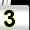
Digit: 3